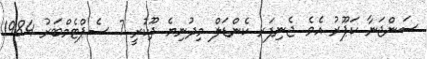
ސަންޖަނާ ކަޕޫރު އެވެ. ޖެނިފަރ ކެންޑަލް މިދުނިޔެ ދޫކުރީ 7 ސެޕްޓެމްބަރު 1984